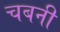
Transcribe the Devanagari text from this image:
चबनी